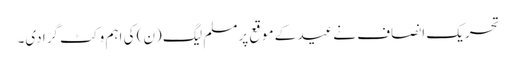
تحریک انصاف نےعید کے موقع پرمسلم لیگ (ن) کی اہم وکٹ گرا دی۔